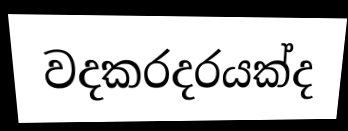
වදකරදරයක්ද